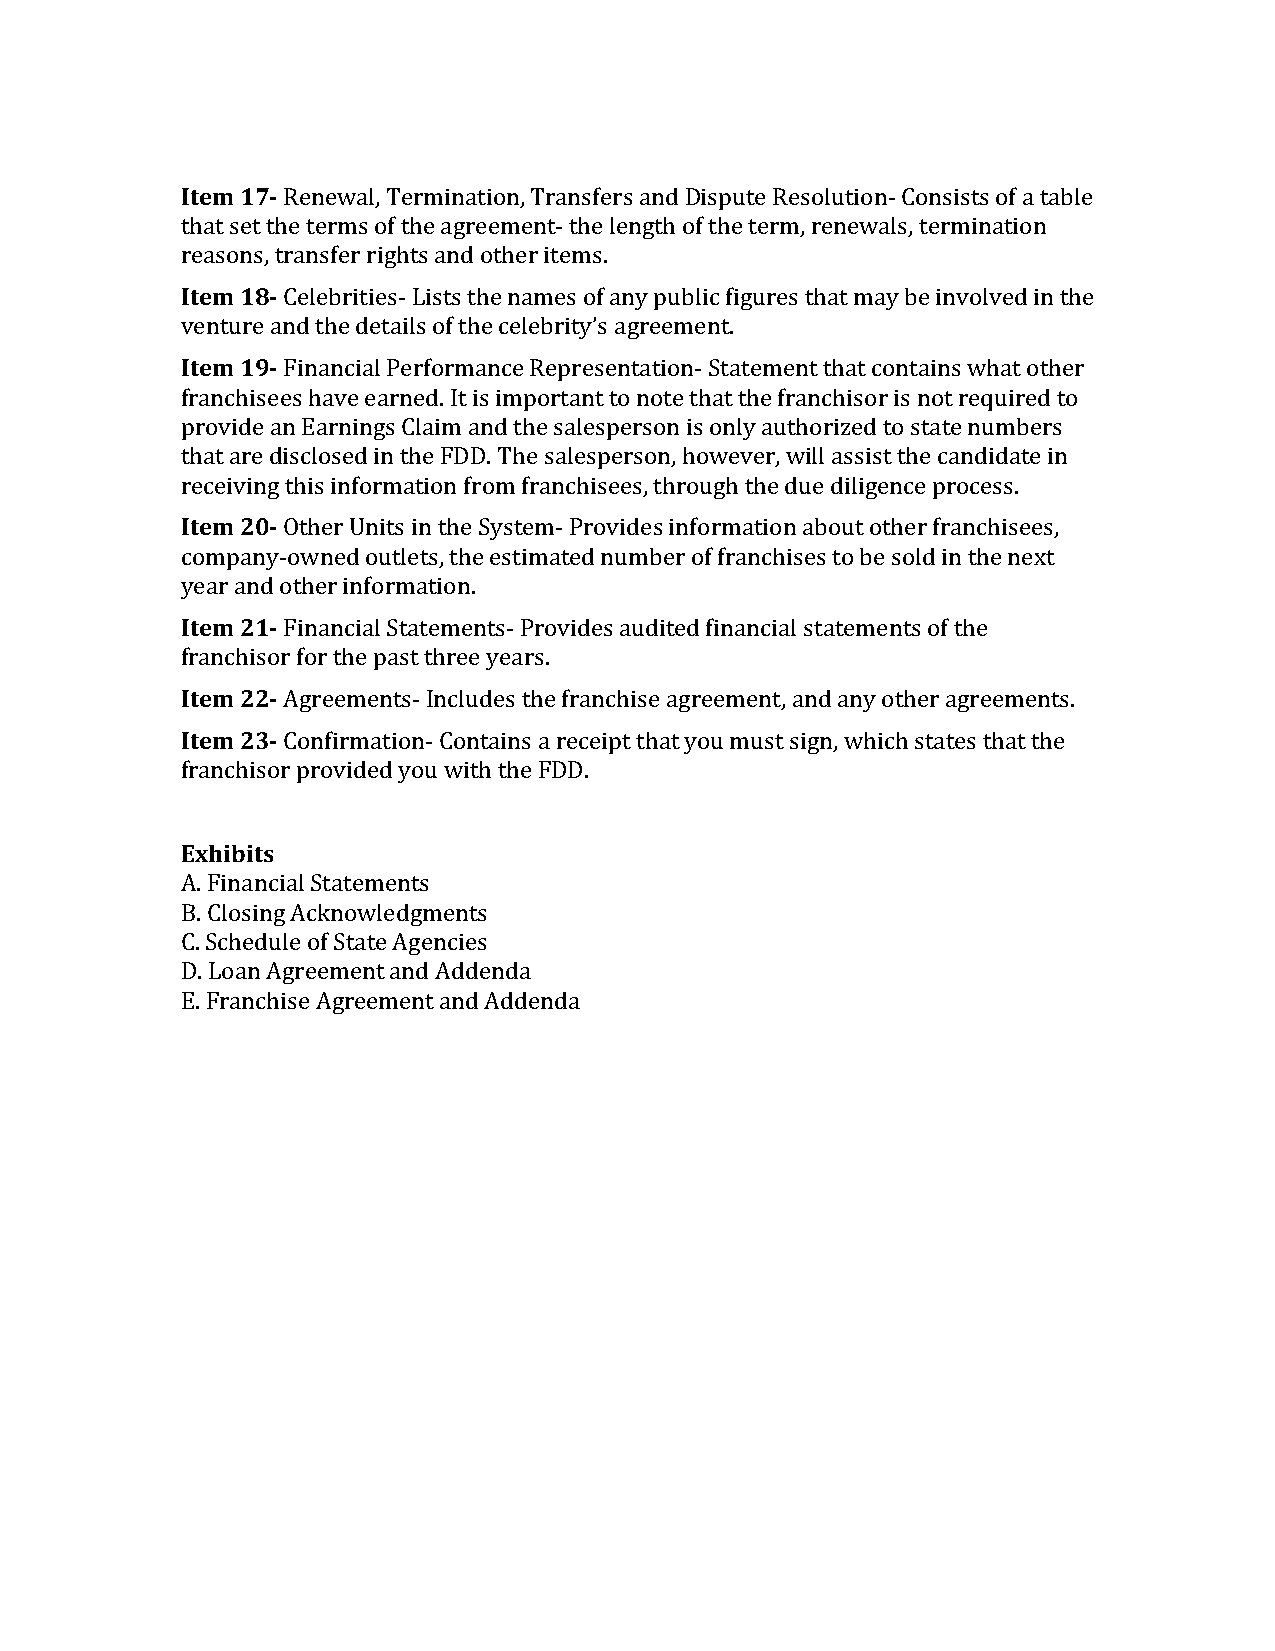
Item 17- Renewal, Termination, Transfers and Dispute Resolution- Consists of a table
 that set the terms of the agreement- the length of the term, renewals, termination
 reasons, transfer rights and other items.
 Item 18- Celebrities- Lists the names of any public figures that may be involved in the
 venture and the details of the celebrity’s agreement.
 Item 19- Financial Performance Representation- Statement that contains what other
 franchisees have earned. It is important to note that the franchisor is not required to
 provide an Earnings Claim and the salesperson is only authorized to state numbers
 that are disclosed in the FDD. The salesperson, however, will assist the candidate in
 receiving this information from franchisees, through the due diligence process.
 Item 20- Other Units in the System- Provides information about other franchisees,
 company-owned outlets, the estimated number of franchises to be sold in the next
 year and other information.
 Item 21- Financial Statements- Provides audited financial statements of the
 franchisor for the past three years.
 Item 22- Agreements- Includes the franchise agreement, and any other agreements.
 Item 23- Confirmation- Contains a receipt that you must sign, which states that the
 franchisor provided you with the FDD.
 Exhibits
 A. Financial Statements
 B. Closing Acknowledgments
 C. Schedule of State Agencies
 D. Loan Agreement and Addenda
 E. Franchise Agreement and Addenda